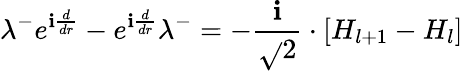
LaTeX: \lambda^{-}e^{\mathbf{i}\frac{{d}}{{dr}}}-e^{\mathbf{i}\frac{{d}}{{dr}}}\lambda^{-}=-\frac{{\mathbf{i}}}{{\sqrt{}{{2}}}}\cdot\left[H_{l+1}-H_{l}\right]